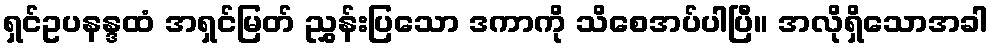
ရှင်ဥပနန္ဒထံ အရှင်မြတ် ညွှန်းပြသော ဒကာကို သိစေအပ်ပါပြီ။ အလိုရှိသောအခါ